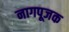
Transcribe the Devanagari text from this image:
नागपूजक